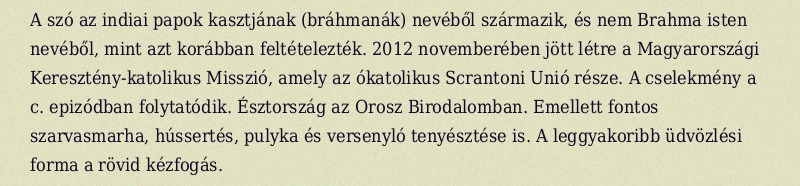
A szó az indiai papok kasztjának (bráhmanák) nevéből származik, és nem Brahma isten nevéből, mint azt korábban feltételezték. 2012 novemberében jött létre a Magyarországi Keresztény-katolikus Misszió, amely az ókatolikus Scrantoni Unió része. A cselekmény a c. epizódban folytatódik. Észtország az Orosz Birodalomban. Emellett fontos szarvasmarha, hússertés, pulyka és versenyló tenyésztése is. A leggyakoribb üdvözlési forma a rövid kézfogás.